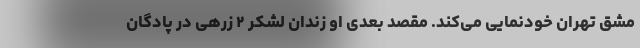
مشق تهران خودنمایی می‌کند. مقصد بعدی او زندان لشکر ۲ زرهی در پادگان